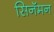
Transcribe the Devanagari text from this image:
सिनॅमन